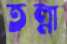
তল্লা